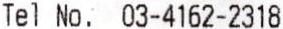
TEL NO. 03-4162-2318